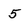
Character: 5